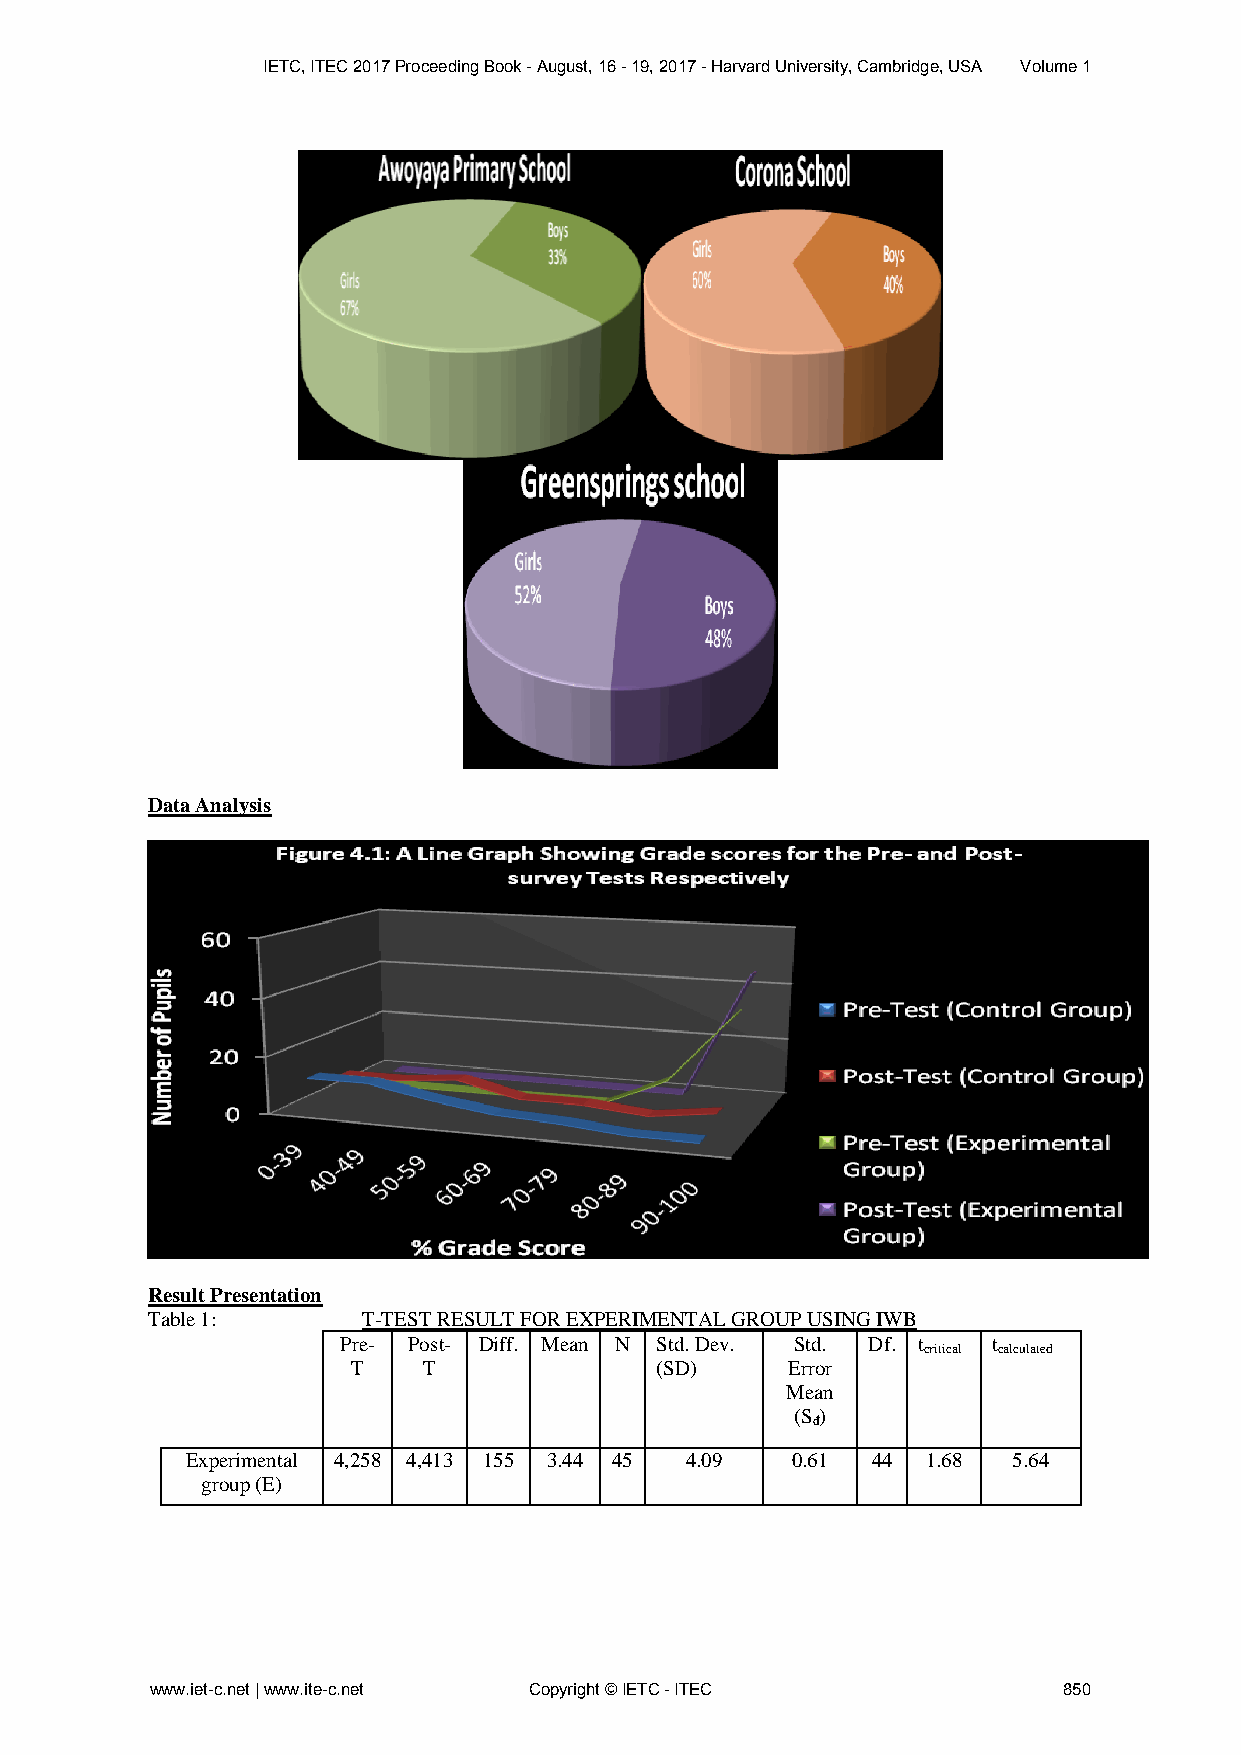
IETC, ITEC 2017 Proceeding Book - August, 16 - 19, 2017 - Harvard University, Cambridge, USA Volume 1
 Data Analysis
 Result Presentation
 Table 1:      T-TEST RESULT FOR EXPERIMENTAL GROUP USING IWB
 Pre- Post- Diff. Mean N Std. Dev. Std. Df. t t
 critical calculated
 T    T              (SD)     Error
 Mean
 (S )
 đ
 Experimental 4,258 4,413 155 3.44 45 4.09 0.61 44 1.68 5.64
 group (E)
 www.iet-c.net | www.ite-c.net Copyright © IETC - ITEC       850